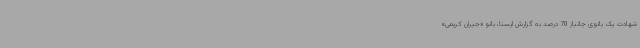
شهادت یک بانوی جانباز 70 درصد به گزارش ایسنا، بانو «جیران کریمی»